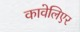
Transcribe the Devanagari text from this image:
कावेलिएर